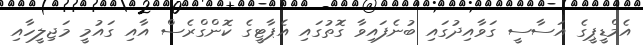
އެމްޑީޕީގެ އަސާސީ ގަވާއިދުގައި ބުނެފައިވާ ގޮތުގައި އެޕާޓީގެ ކޮންގްރެސް އާއި ގައުމީ މަޖިލީހާއި